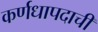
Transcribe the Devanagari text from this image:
कर्णधापदाची